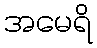
အမေရိ